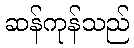
ဆန်ကုန်သည်